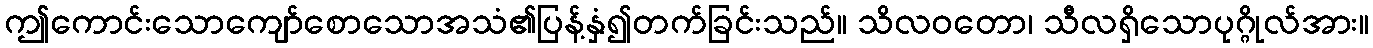
ဤကောင်းသောကျော်စောသောအသံ၏ပြန့်နှံ၍တက်ခြင်းသည်။ သိလဝတော၊ သီလရှိသောပုဂ္ဂိုလ်အား။